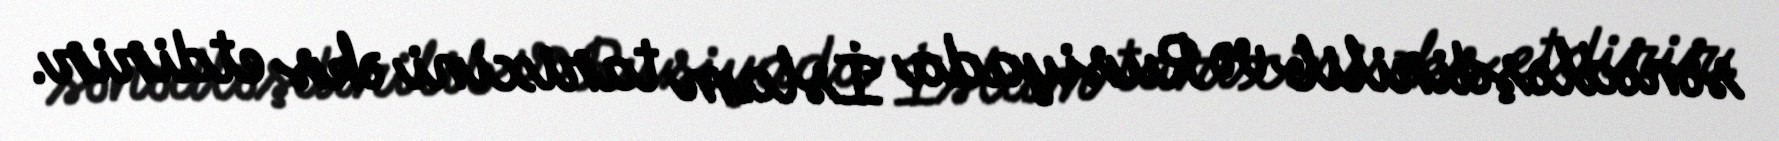
sənədləşdirilib və Rusiyada İslam tarixini əks etdirir.